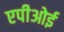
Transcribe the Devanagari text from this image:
एपीओई